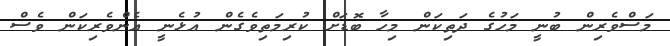
މަސްވެރިން ބުނީ މަހުގެ ދަތިކަން މިހާ ބޮޑަށް ކުރިމަތިވެގެން އުޅެނީ އެންވެރިކަން ވެސް